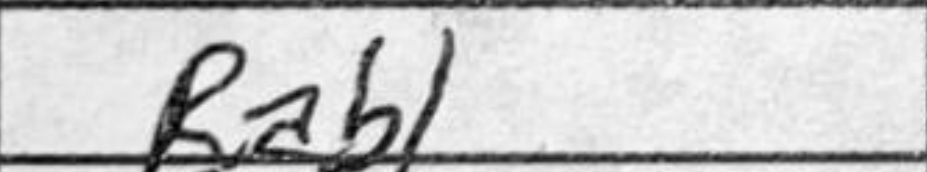
Transcription: Rab1